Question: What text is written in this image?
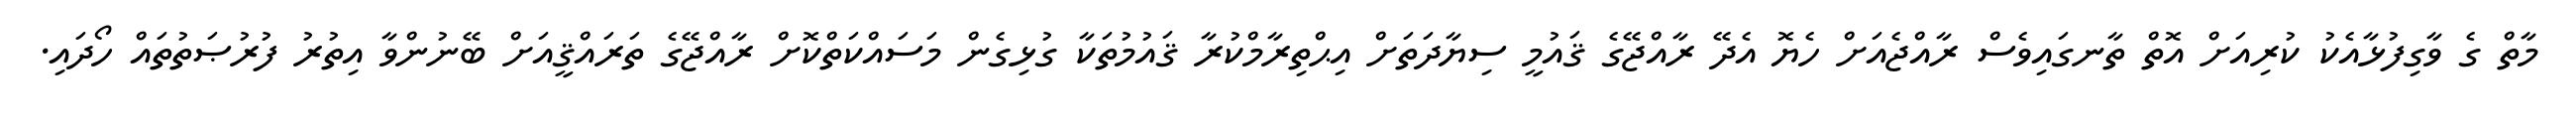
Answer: މާތް ގެ ވާގިފުޅާއެކު ކުރިއަށް އޮތް ތާނގައިވެސް ރާއްޖެއަށް ހެޔޮ އެދޭ ރާއްޖޭގެ ޤައުމީ ސިޔާދަތަށް އިޙްތިރާމްކުރާ ޤައުމުތަކާ ގުޅިގެން މަސައްކަތްކޮށް ރާއްޖޭގެ ތަރައްޤީއަށް ބޭނުންވާ އިތުރު ފުރުޞަތުތައް ހޯދައި.